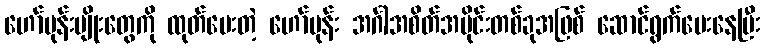
ဟော်မုန်းမျိုးတွေကို ထုတ်ပေးတဲ့ ဟော်မုန်း အင်္ဂါအစိတ်အပိုင်းတစ်ခုအဖြစ် ဆောင်ရွက်ပေးနေပြီး